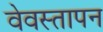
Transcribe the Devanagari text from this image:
वेवस्तापन